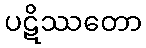
ပဋိဿတော